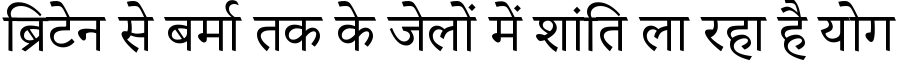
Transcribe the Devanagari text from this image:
ब्रिटेन से बर्मा तक के जेलों में शांति ला रहा है योग